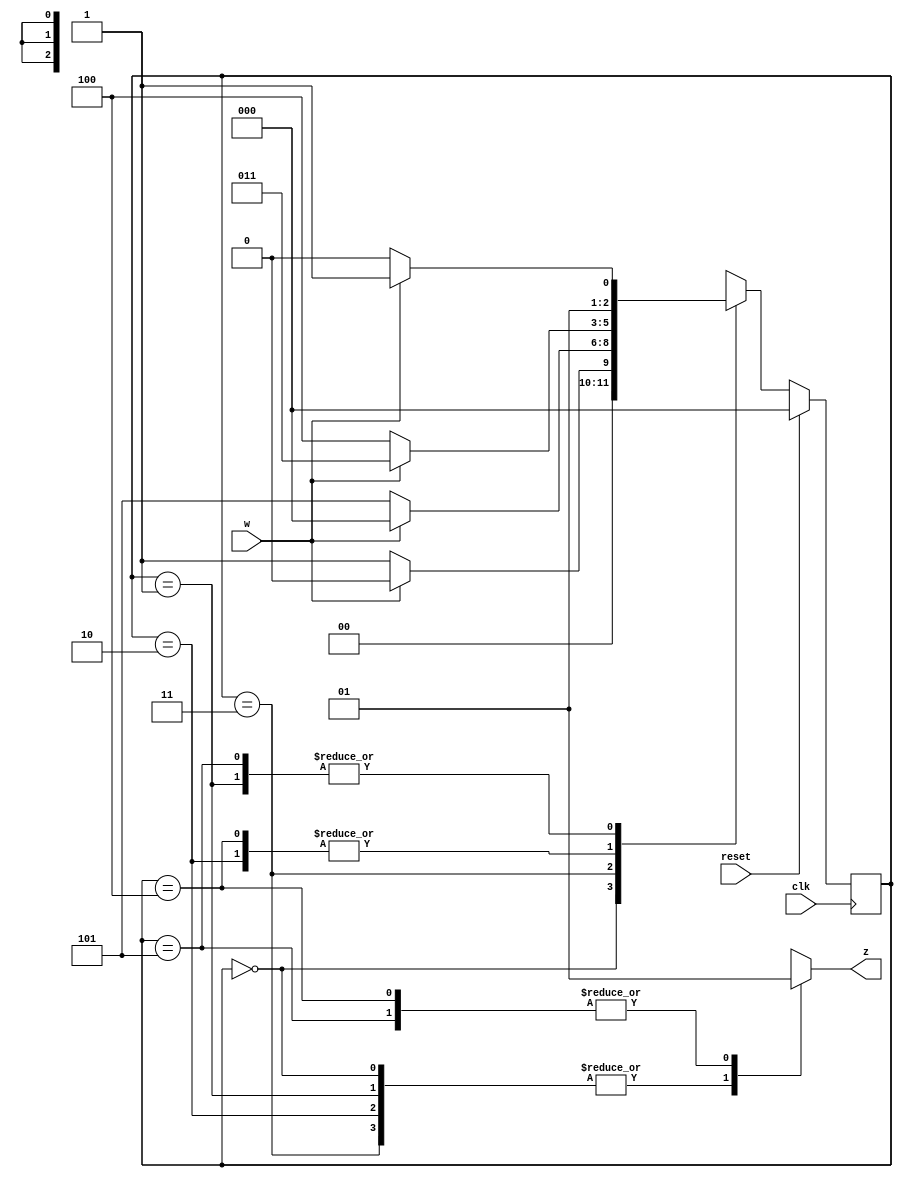
module top_module (
    input clk,
    input reset,     // synchronous reset
    input w,
    output reg z);
    localparam A = 0, B = 1, C=2,D=3,E=4,F=5;
    reg [2:0] state, next;
    always @(*) begin
        case(state)
            A : next = w ? A : B;
            B : next = w ? D : C;
            C : next = w ? D : E;
            D : next = w ? A : F;
            E : next = w ? D : E;
            F : next = w ? D : C;
            default : next = 3'bx;
        endcase
    end
    always @(posedge clk) begin
        if(reset)state<=A;
        else state<=next;
    end
    always @(*) begin
        case(state)
            A,B,C,D : z=1'b0;
            E,F : z=1'b1;
            default : z=1'bx;
        endcase
    end
endmodule